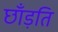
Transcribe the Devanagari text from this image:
छाँड़ति